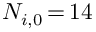
N _ { i , 0 } \, { = } \, 1 4